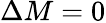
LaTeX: \Delta M=0